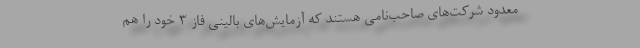
معدود شرکت‌های صاحب‌نامی هستند که آزمایش‌های بالینی فاز 3 خود را هم